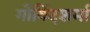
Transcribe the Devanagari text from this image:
गोविंदशर्मा